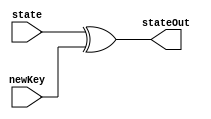
module invAddRoundKey(	input [0:127] state, 			// unsigned 16-byte message to be encrypted
						input [0:127] newKey, 			// unsigned 16 bytes of 176-byte expanded key
						output [0:127] stateOut);	// unsigned 16-byte encrypted message
	
	
	assign stateOut = state ^ newKey;
		
endmodule